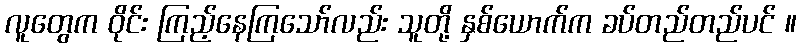
လူတွေက ဝိုင်း ကြည့်နေကြသော်လည်း သူတို့ နှစ်ယောက်က ခပ်တည်တည်ပင် ။